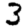
Digit: 3